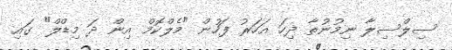
ސިލްސިލާ ނިމުނުތާ ދިހަ އަހަރު ފަހުން "މެލްކޮމް އިން ދަ މިޑްލް" ގައި